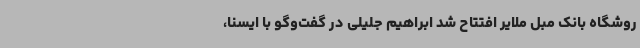
روشگاه بانک مبل ملایر افتتاح شد ابراهیم جلیلی در گفت‌وگو با ایسنا،